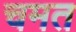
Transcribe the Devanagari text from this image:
चमत